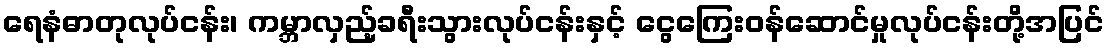
ရေနံဓာတုလုပ်ငန်း၊ ကမ္ဘာလှည့်ခရီးသွားလုပ်ငန်းနှင့် ငွေကြေးဝန်ဆောင်မှုလုပ်ငန်းတို့အပြင်